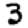
Digit: 3